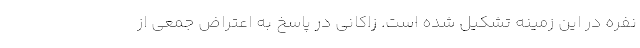
نفره در این زمینه تشکیل شده است. زاکانی در پاسخ به اعتراض جمعی از